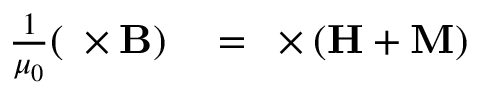
\begin{array} { r l } { { \frac { 1 } { \mu _ { 0 } } } ( \mathbf { \nabla } \times \mathbf { B } ) } & { { } = \mathbf { \nabla } \times \left( \mathbf { H } + \mathbf { M } \right) } \end{array}